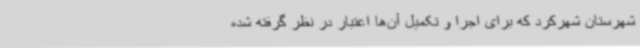
شهرستان شهرکرد که برای اجرا و تکمیل آن‌ها اعتبار در نظر گرفته شده